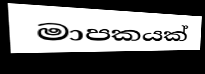
මාපකයක්